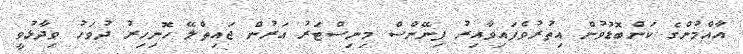
އާއްމުންގެ ކަންބޮޑުވުން އިތުރުވެފައިވާއިރު ފިނޭންސް މިނިސްޓަރު އަރުން ޖައިތްލޭ ހޮނިހިރު ދުވަހު ވިދާޅުވީ